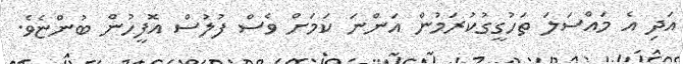
އަދި އެ މައްސަލަ ތަހުގީގުކުރަމުން އަންނަ ކަމަށް ވެސް ފުލުސް އޮފީހުން ބުންޏެވެ.